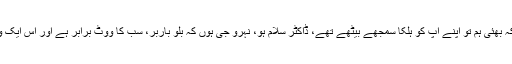
ایک دو الیکشنوں کے بعد انہیں پتہ چلنے لگا کہ بھئی ہم تو اپنے آپ کو ہلکا سمجھے بیٹھے تھے، ڈاکٹر سلام ہو، نہرو جی ہوں کہ بلو باربر، سب کا ووٹ برابر ہے اور اس ایک ووٹ سے کہیں کہیں بڑا فرق بھی پڑ جاتا ہے۔